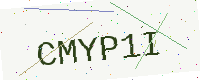
Text: CMYP1I